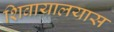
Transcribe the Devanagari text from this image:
शिवायालयास